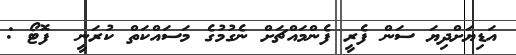
އަޑިޔަށްދިޔަ ސަން ފެރީ ފެންމައްޗަށް ނެގުމުގެ މަސައްކަތް ކުރަނީ  ފޮޓޯ :